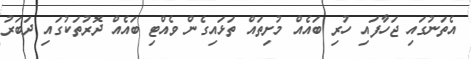
އެތަނުގައި ޖަހާފައި ހުރި ބައެއް މުށިތައް ތަޅައިގެން ވެއްޓި ބައެއް ދޮރުތަކުގައި ދަބަރު